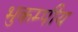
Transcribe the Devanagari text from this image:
भुकम्पीय